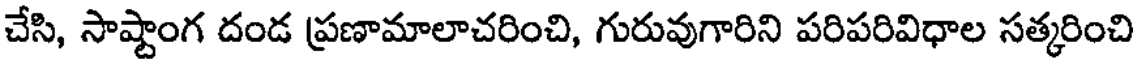
చేసి, సాష్టాంగ దండ ప్రణామాలాచరించి, గురువుగారిని పరిపరివిధాల సత్కరించి